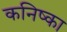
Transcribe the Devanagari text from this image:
कनिष्का